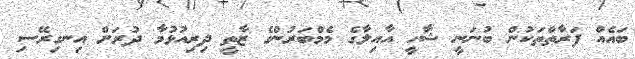
ބައެއް ފަރާތްތަކުން ބުނަނީ ޝާހީ އާއިލާގެ މެމްބަރުންގެ ޒާތީ ދިރިއުޅުމާ ދުރަށް އިނގިރޭސި